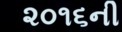
૨૦૧૬ની